Civil Veterinary Dept. Assam report 1911-1927 - 1911-1927
Year: 1911
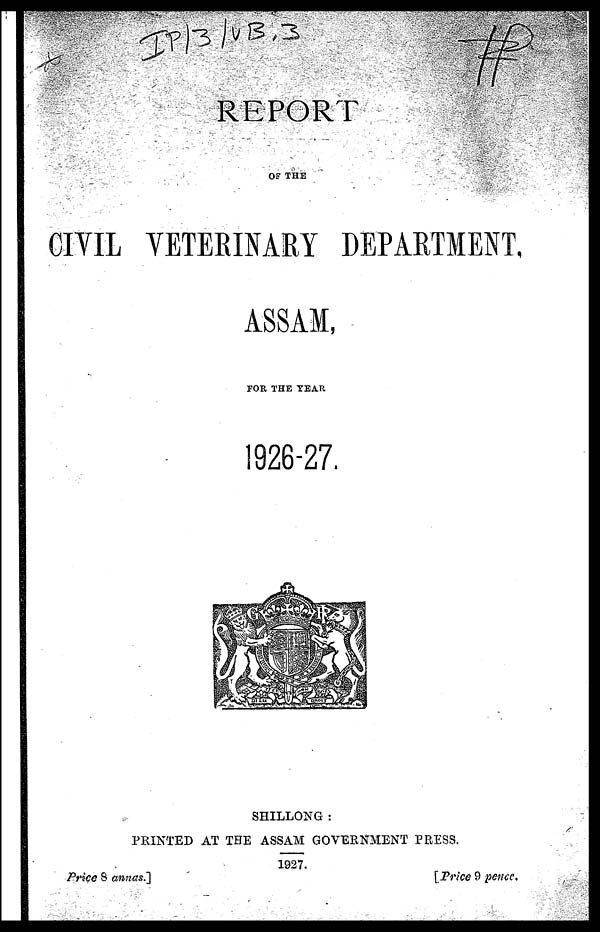
REPORT
OF THE
CIVIL VETERINARY DEPARTMENT,
ASSAM,
FOR THE YEAR
1926-27.
SHILLONG :
PRINTED AT THE ASSAM GOVERNMENT PRESS.
1927.
Price 8 annas.]
[Price 9 pence.